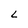
Character: L